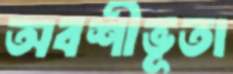
অবশীভূতা